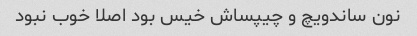
نون ساندویچ و چیپساش خیس بود اصلا خوب نبود